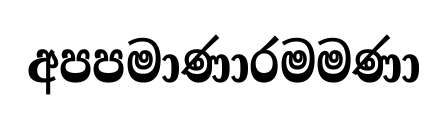
අපපමාණාරමමණා